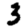
Digit: 3